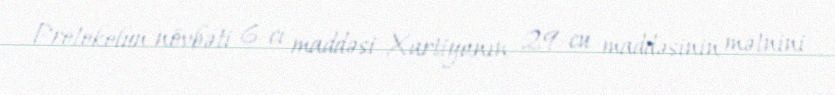
Protokolun növbəti 6-cı maddəsi Xartiyanın 29-cu maddəsinin mətnini